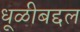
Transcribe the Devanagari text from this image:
धूळीबद्दल